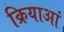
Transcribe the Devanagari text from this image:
क्रियाआं